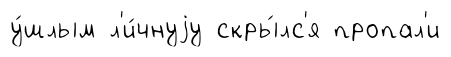
у́шлым л'и́чнуjу скры́лс'я пропал'и